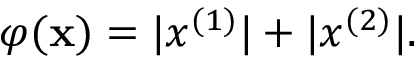
\varphi ( \mathbf x ) = | x ^ { ( 1 ) } | + | x ^ { ( 2 ) } | .